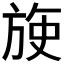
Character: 𬀈